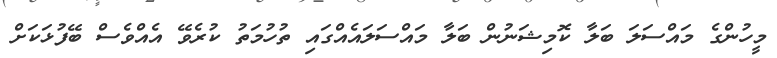
މީހުންގެ މައްސަލަ ބަލާ ކޮމިޝަނުން ބަލާ މައްސަލައެއްގައި ތުހުމަތު ކުރެވޭ އެއްވެސް ބޭފުޅަކަށް